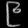
Digit: ၉